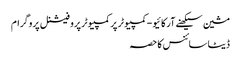
مشین سیکھنے آرکائیو - کمپیوٹر پر کمپیوٹر پروفیشنل پروگرام
ڈیٹا سائنس کا حصہ